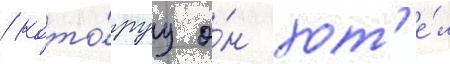
/ кото́руу о́н хот'е́л